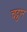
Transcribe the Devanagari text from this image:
चट्ठान